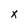
Character: X